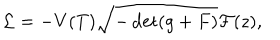
{ \cal L } = - V ( T ) \sqrt { - \det ( g + F ) } { \cal F } ( z ) ,